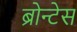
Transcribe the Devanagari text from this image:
ब्रोन्टेस